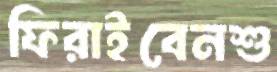
ফিরাইবেনশু